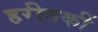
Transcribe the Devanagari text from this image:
हरीतकीं